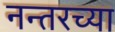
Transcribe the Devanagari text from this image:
नन्तरच्या